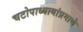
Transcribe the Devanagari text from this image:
चटोपाध्यायांप्रमाणे